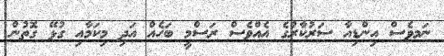
ނަމވެސް އިންޑިއާ ސަރުކާރުގެ އެއްވެސް ރަސްމީ ބަހެއް އަދި މިކަމާއި ގުޅޭ ގޮތުން